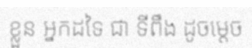
ខ្លួន អ្នកដទៃ ជា ទីពឹង ដូចម្តេច